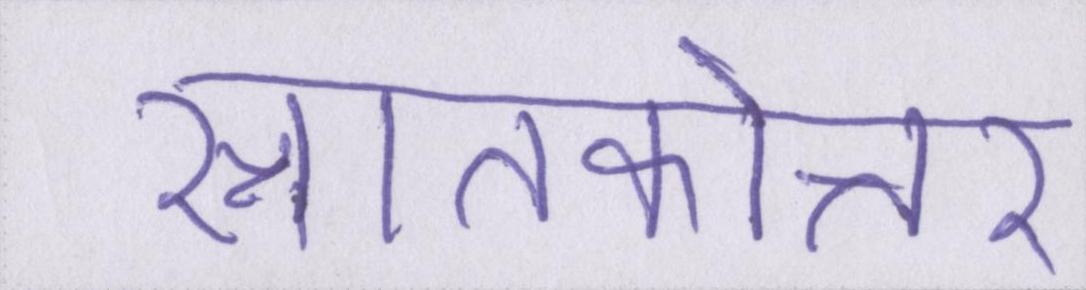
स्नातकोत्तर